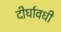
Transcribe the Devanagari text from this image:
दीर्घावधी